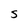
Character: S